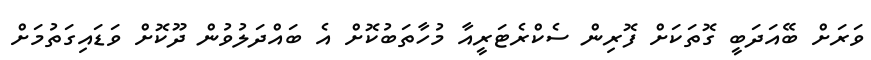
ވަރަށް ބޭއަދަބީ ގޮތަކަށް ފޮރިން ސެކްރެޓަރީއާ މުހާތަބުކޮށް އެ ބައްދަލުވުން ދޫކޮށް ވަޑައިގަތުމަށް